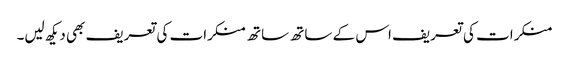
منکرات کی تعریف اس کے ساتھ ساتھ منکرات کی تعریف بھی دیکھ لیں۔